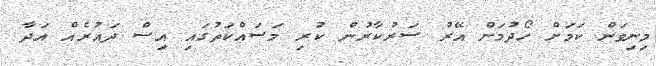
މިނިވަން ކަމަށް ހޯދުމަށް އޭރު ސަރުކާރުން ކުރި މަސައްކަތުގައި އިސް ދައުރެއް އަދާ